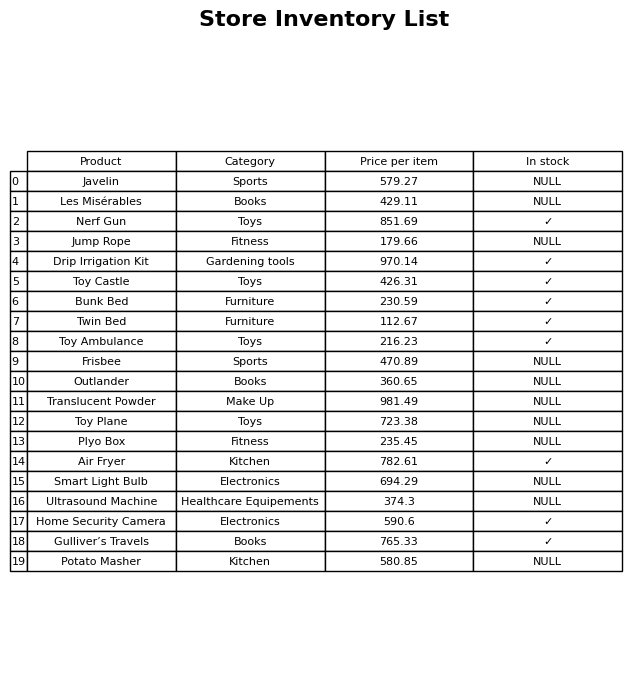
question: What is the price for Twin Bed?
answer: The price of Twin Bed is 112.67.